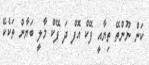
ކަން ނޫންތޭ ތިޔާއީ ފޭކް އޮފް ދަ ފޭކް މާލީ ބަޔާން ތަކެކޭ